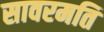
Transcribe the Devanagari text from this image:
सावरमति